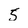
Character: 5